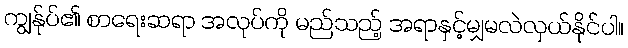
ကျွန်ုပ်၏ စာရေးဆရာ အလုပ်ကို မည်သည့် အရာနှင့်မျှမလဲလှယ်နိုင်ပါ။